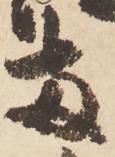
両